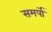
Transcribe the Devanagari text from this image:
समर्पो